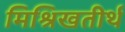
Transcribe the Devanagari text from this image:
मिश्रिखतीर्थ